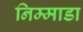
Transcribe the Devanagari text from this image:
निम्माडा